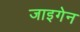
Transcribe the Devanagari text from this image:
जाइगेन